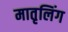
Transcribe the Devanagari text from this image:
मातृलिंग